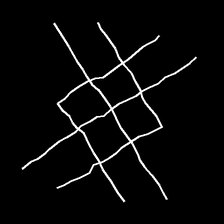
Glyph: crystal